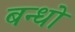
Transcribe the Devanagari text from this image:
बन्धो